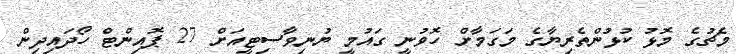
މެޗުގެ މޮޅު ކުޅުންތެރިޔާގެ މަގަމާށް ހޮވުނީ ގައުމީ ޔުނިވާސިޓީއަށް 27 ޕޮއިންޓް ހޯދައިދިން